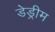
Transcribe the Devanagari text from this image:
डेड्रीम